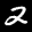
Label: 2